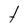
Character: t